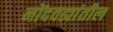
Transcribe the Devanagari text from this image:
नोंदवह्यांतील